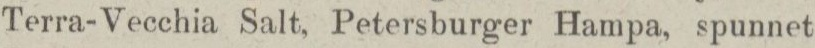
Terra-Vecchia Salt, Petersburger Hampa, spunnet